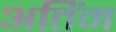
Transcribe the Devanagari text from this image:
अतिंम